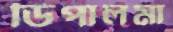
ডিপালমা